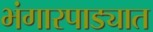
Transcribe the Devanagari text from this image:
भंगारपाड्यात